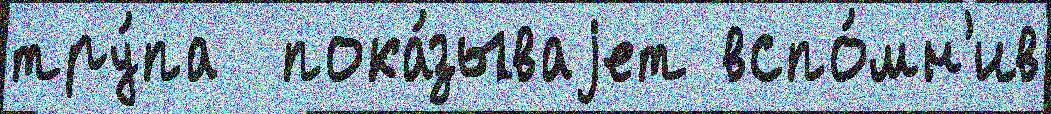
тру́па  пока́зываjет вспо́мн'ив